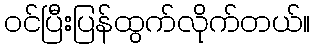
ဝင်ပြီးပြန်ထွက်လိုက်တယ်။